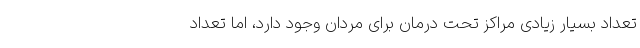
تعداد بسیار زیادی مراکز تحت درمان برای مردان وجود دارد، اما تعداد